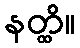
နတ္ထိ။